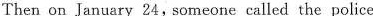
Then on January 24, someone called the police a child crying ìn the woods. Police